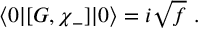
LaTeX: \langle 0 | [ G , \chi _ { - } ] | 0 \rangle = i \sqrt { f } ~ .